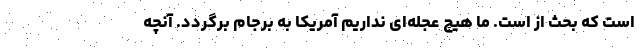
است که بحث از است. ما هیچ عجله‌ای نداریم آمریکا به برجام برگردد. آنچه